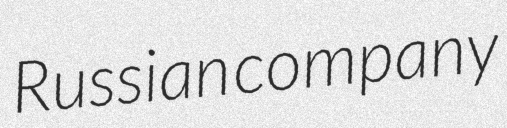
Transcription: Russian company